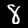
Digit: 8